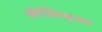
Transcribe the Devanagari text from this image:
ऑलिव्हचा